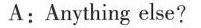
A:Anything else?